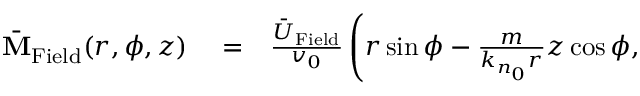
\begin{array} { r l r } { \bar { \bf M } _ { \mathrm { F i e l d } } ( r , \phi , z ) } & { { } = } & { \frac { \bar { U } _ { \mathrm { F i e l d } } } { v _ { 0 } } \left( r \sin \phi - \frac { m } { k _ { n _ { 0 } } r } z \cos \phi , \right. } \end{array}